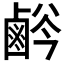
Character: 𱊸